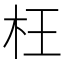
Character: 枉